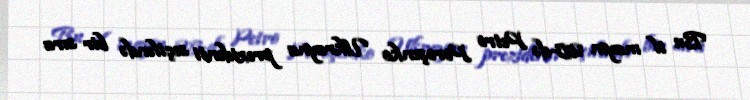
Bu il mayın 25-də Petro Poroşenko Ukrayna prezidenti seçiləndə bir sıra